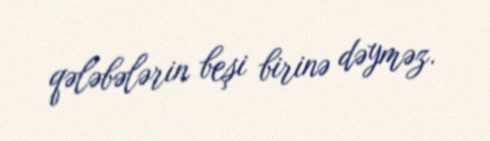
qələbələrin beşi birinə dəyməz.